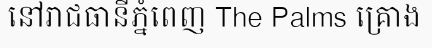
នៅរាជធានីភ្នំពេញ The Palms គ្រោង